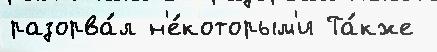
разорва́л н'е́которым'и Та́кже